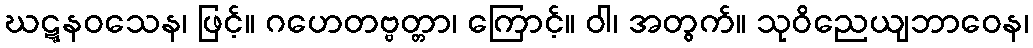
ဃဋ္ဋနဝသေန၊ ဖြင့်။ ဂဟေတဗ္ဗတ္တာ၊ ကြောင့်။ ဝါ၊ အတွက်။ သုဝိညေယျဘာဝေန၊